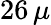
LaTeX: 26\, \mu